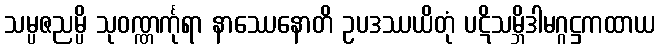
သမ္ပဇညမ္ပိ သုဝဏ္ဏင်္ကုရာ နာဿေနောတိ ဥပဒဿယိတုံ ပဋိသမ္ဘိဒါမဂ္ဂဋ္ဌကထာယ